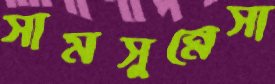
সামসুন্নেসা